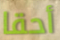
أحقا